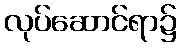
လုပ်ဆောင်ရာ၌